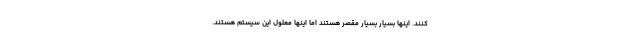
‌کنند. اینها بسیار بسیار مقصر هستند اما اینها معلول این سیستم هستند.